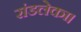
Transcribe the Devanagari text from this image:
रांडलेका।